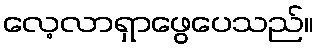
လေ့လာရှာဖွေပေသည်။